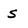
Character: s